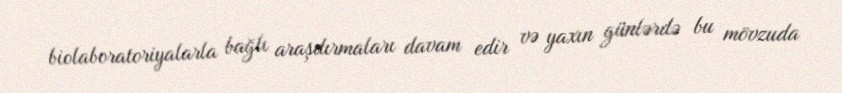
biolaboratoriyalarla bağlı araşdırmaları davam edir və yaxın günlərdə bu mövzuda